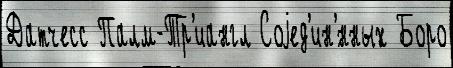
Датчесс Палм-Тр'иангл Соjед'ин'́нных Боро